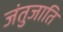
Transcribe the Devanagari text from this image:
जंतुजाति